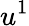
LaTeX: u^{1}